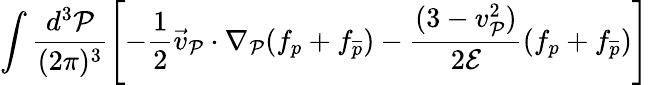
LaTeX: \int\frac{d^{3}{\cal P}}{(2\pi)^{3}}\left[-\frac{1}{2}\vec{v}_{\cal P}\cdot\nabla_{\cal P}(f_{p}+f_{\overline{{p}}})-\frac{(3-v_{\cal P}^{2})}{2{\cal E}}(f_{p}+f_{\overline{{p}}})\right]